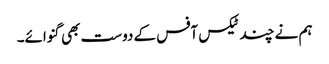
ہم نے چند ٹیکس آفس کے دوست بھی گنوائے۔